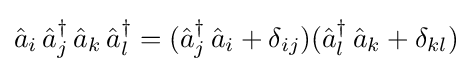
{\hat {a}}_{i}\,{\hat {a}}_{j}^{\dagger }\,{\hat {a}}_{k}\,{\hat {a}}_{l}^{\dagger }=({\hat {a}}_{j}^{\dagger }\,{\hat {a}}_{i}+\delta _{ij})({\hat {a}}_{l}^{\dagger }\,{\hat {a}}_{k}+\delta _{kl})